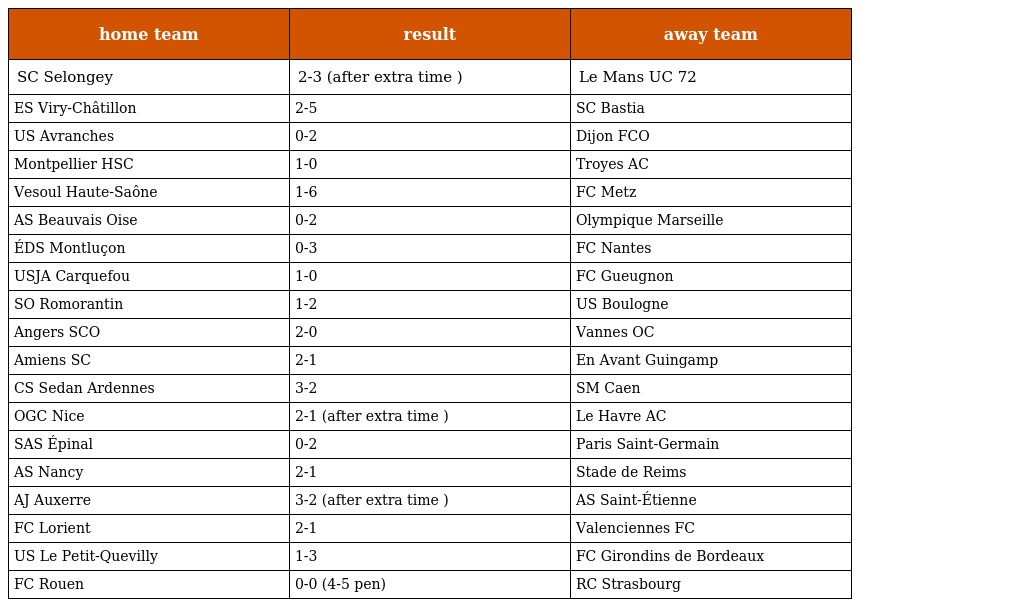
| home team | result | away team |
 | --- | --- | --- |
 | SC Selongey | 2-3 (after extra time ) | Le Mans UC 72 |
 | ES Viry-Châtillon | 2-5 | SC Bastia |
 | US Avranches | 0-2 | Dijon FCO |
 | Montpellier HSC | 1-0 | Troyes AC |
 | Vesoul Haute-Saône | 1-6 | FC Metz |
 | AS Beauvais Oise | 0-2 | Olympique Marseille |
 | ÉDS Montluçon | 0-3 | FC Nantes |
 | USJA Carquefou | 1-0 | FC Gueugnon |
 | SO Romorantin | 1-2 | US Boulogne |
 | Angers SCO | 2-0 | Vannes OC |
 | Amiens SC | 2-1 | En Avant Guingamp |
 | CS Sedan Ardennes | 3-2 | SM Caen |
 | OGC Nice | 2-1 (after extra time ) | Le Havre AC |
 | SAS Épinal | 0-2 | Paris Saint-Germain |
 | AS Nancy | 2-1 | Stade de Reims |
 | AJ Auxerre | 3-2 (after extra time ) | AS Saint-Étienne |
 | FC Lorient | 2-1 | Valenciennes FC |
 | US Le Petit-Quevilly | 1-3 | FC Girondins de Bordeaux |
 | FC Rouen | 0-0 (4-5 pen) | RC Strasbourg |